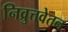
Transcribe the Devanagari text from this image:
निव्रुत्तवेतन